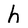
Character: h